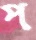
প